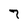
Character: 7